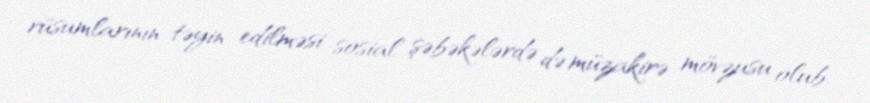
rüsumlarının təyin edilməsi sosial şəbəkələrdə də müzakirə mövzusu olub.